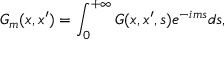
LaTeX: G _ { m } ( x , x ^ { \prime } ) = \int _ { 0 } ^ { + \infty } G ( x , x ^ { \prime } , s ) e ^ { - i m s } d s ,